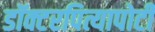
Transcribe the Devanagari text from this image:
डॉक्टरपित्यापोटी